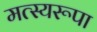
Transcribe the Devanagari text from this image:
मत्स्यरूपा